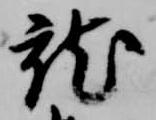
就